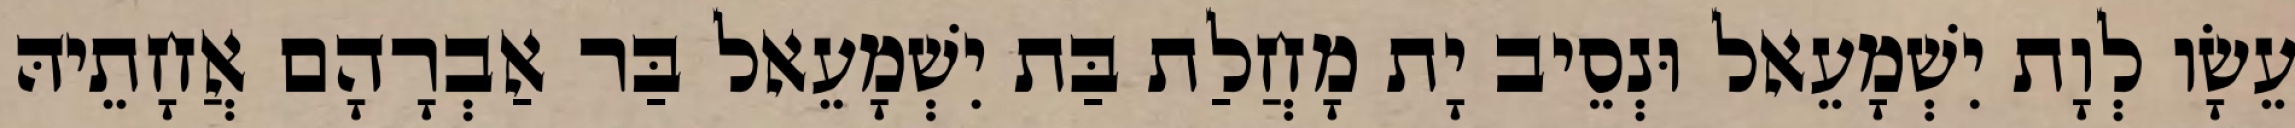
עֵשָׂו לְוָת יִשְׁמָעֵאל וּנְסֵיב יָת מָחֲלַת בַּת יִשְׁמָעֵאל בַּר אַבְרָהָם אֲחָתֵיהּ